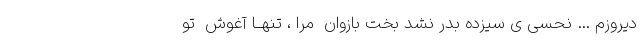
دیروزم … نحسی ی سیزده بدر نشد بخت بازوان ِ مرا ، تنهــا آغوش ِ تو